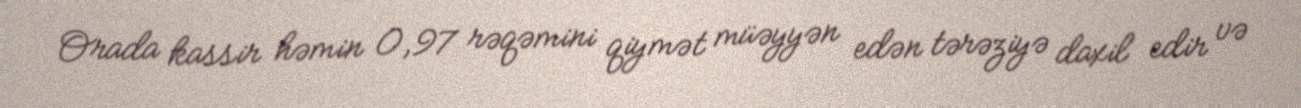
Orada kassir həmin 0,97 rəqəmini qiymət müəyyən edən tərəziyə daxil edir və